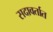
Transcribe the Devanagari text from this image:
सदावर्तात